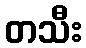
တသီး